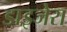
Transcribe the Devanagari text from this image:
डाइजेरा